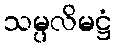
သမ္ပလိမဋ္ဌံ